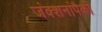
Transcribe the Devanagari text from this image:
जंक्शनांपैकी